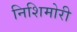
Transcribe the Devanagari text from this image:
निशिमोरी